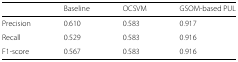
<table><thead><tr><td></td><td><b>Baseline</b></td><td><b>OCSVM</b></td><td><b>GSOM-based PUL</b></td></tr></thead><tbody><tr><td>Precision</td><td>0.610</td><td>0.583</td><td>0.917</td></tr><tr><td>Recall</td><td>0.529</td><td>0.583</td><td>0.916</td></tr><tr><td>F1-score</td><td>0.567</td><td>0.583</td><td>0.916</td></tr></tbody></table>